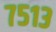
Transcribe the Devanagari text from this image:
७५१३